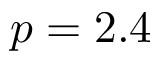
p = 2 . 4